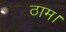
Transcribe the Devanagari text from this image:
ठाम।